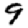
Digit: 9